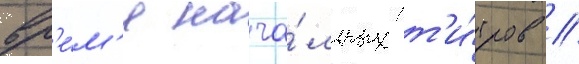
вр'е́м'я нача́льных т'и́тров //